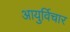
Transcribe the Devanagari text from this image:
आयुर्विचार